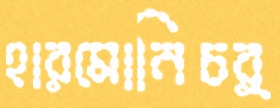
হারমোনিচর্